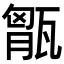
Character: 𤭶